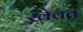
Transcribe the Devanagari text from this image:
ख़ेवत